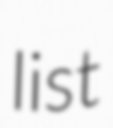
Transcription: list